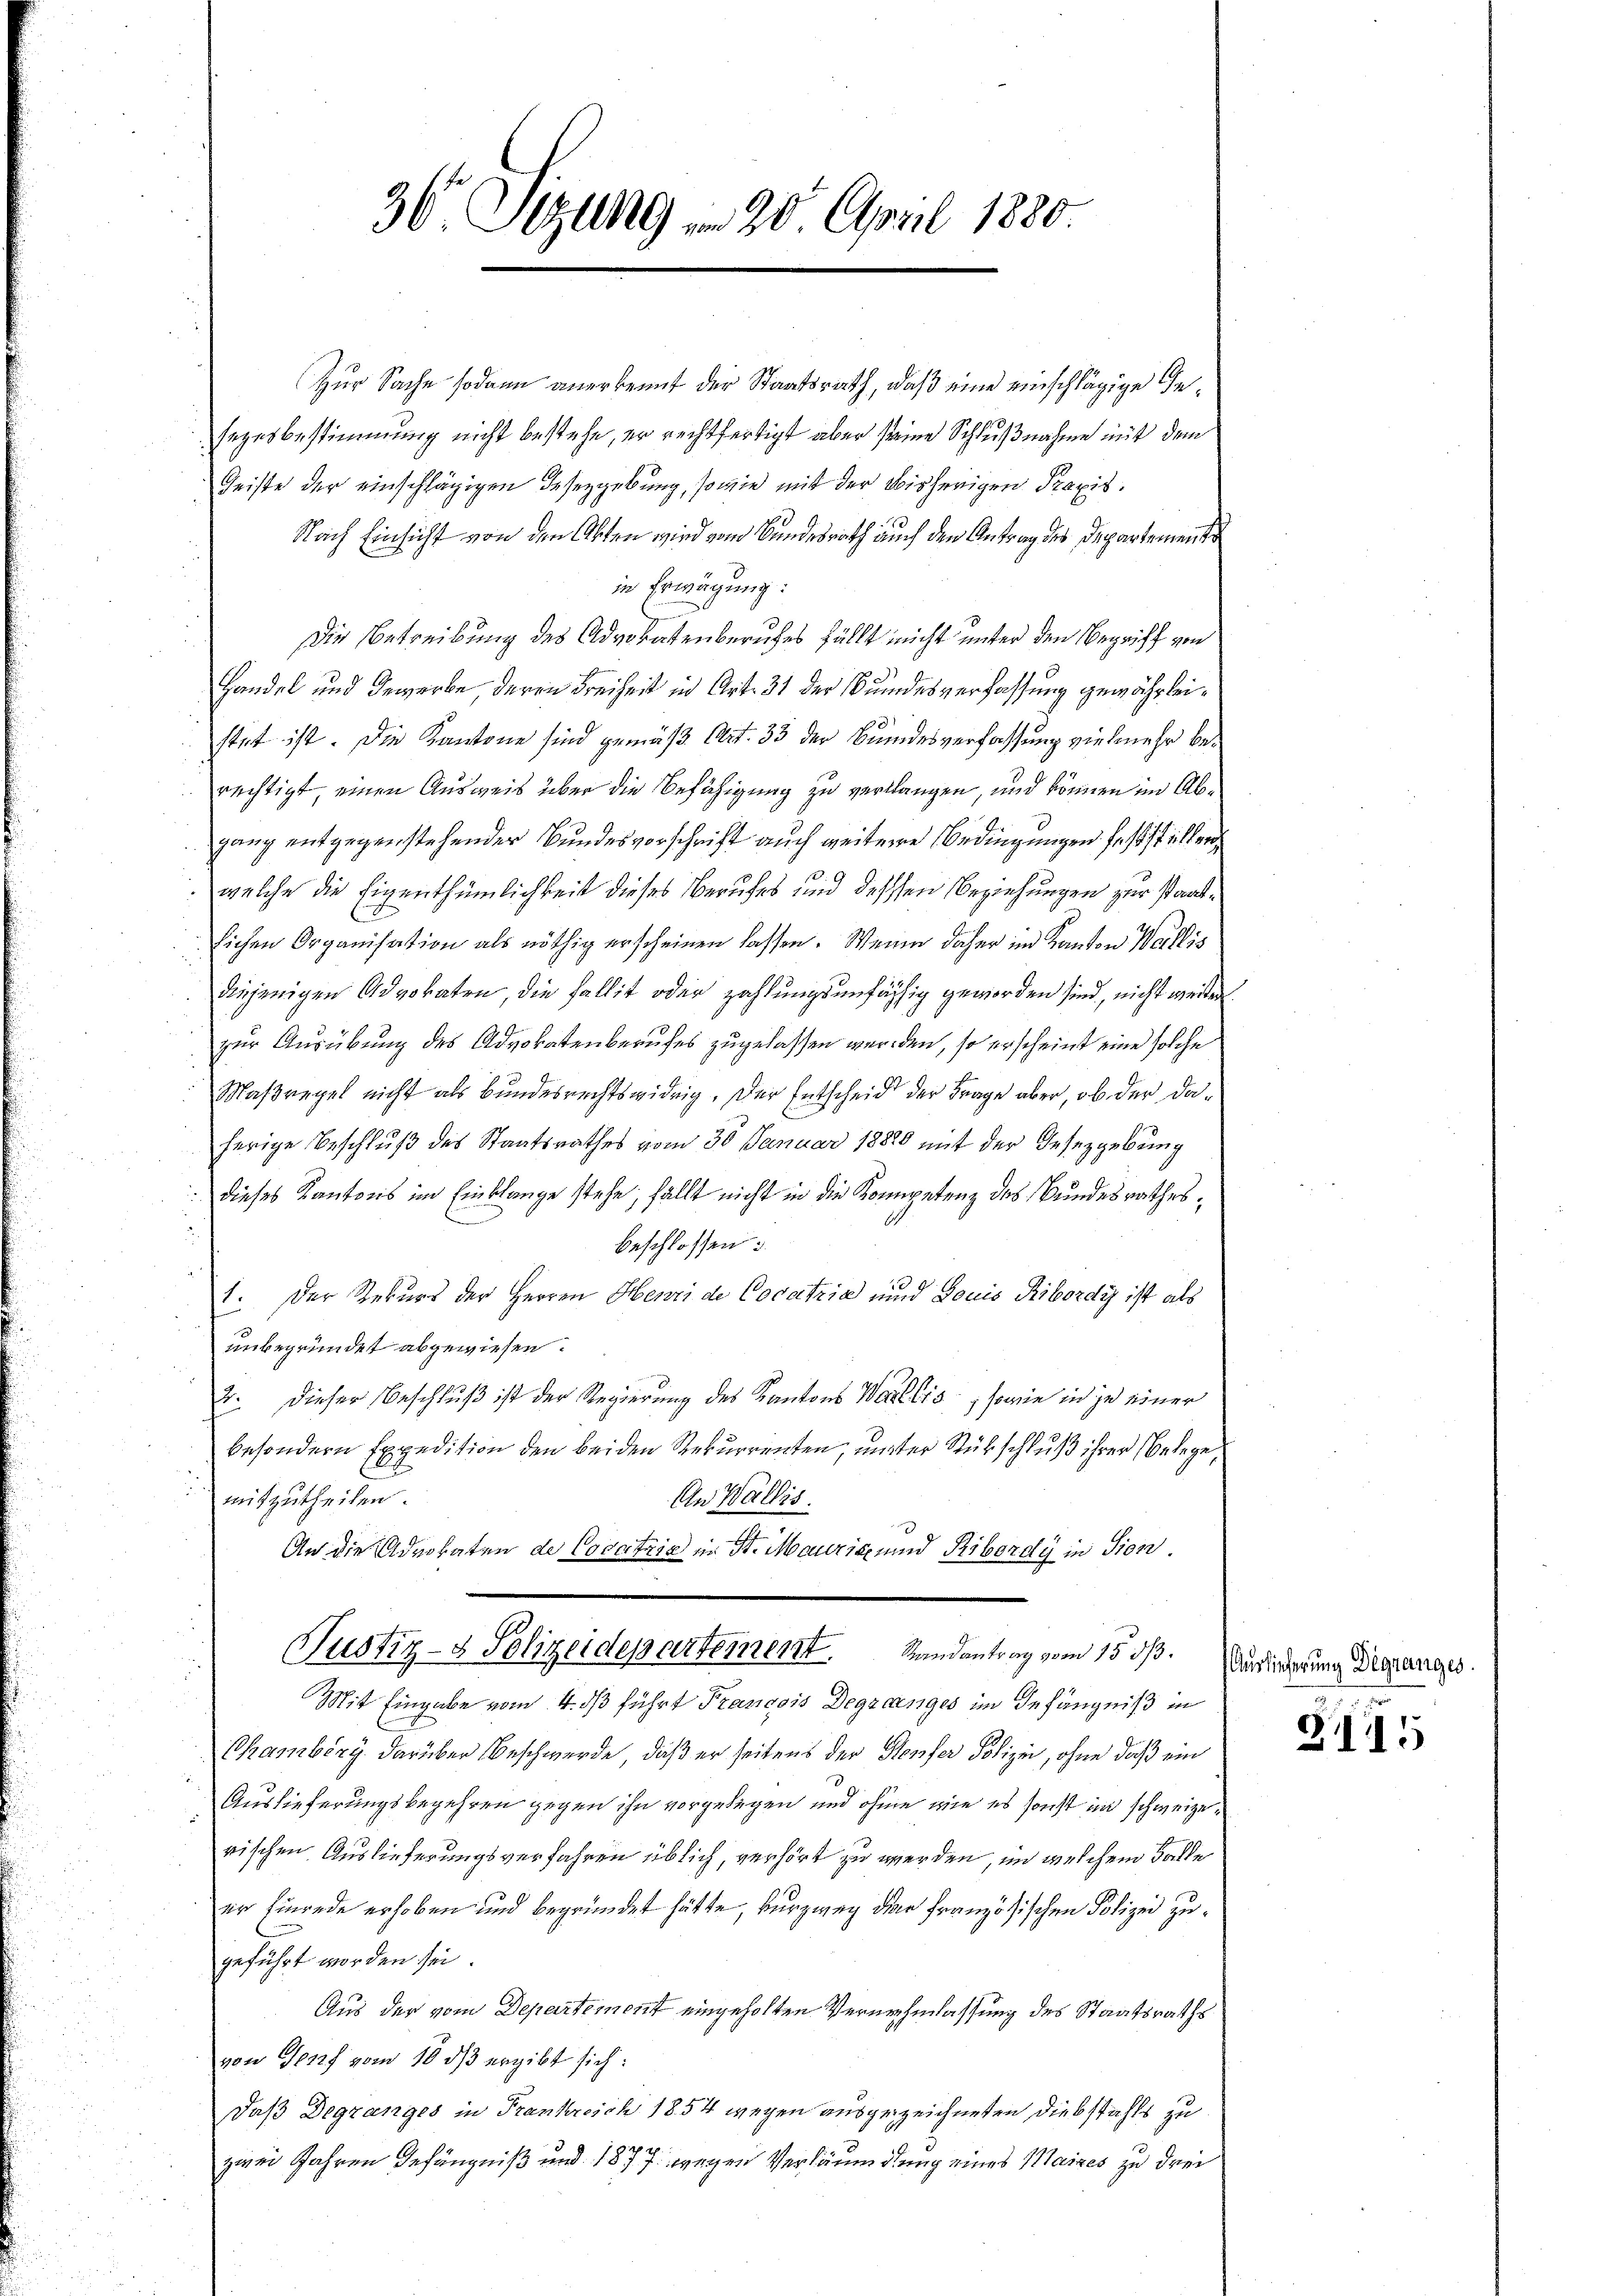
Zur Sache sodann anerbemit der Staatsrath, daß eine einschlägige Gesezesbestimmung nicht bestehe, er rechtfertigt aber seine Schlußnahme mit dem
Geiste der einschlägigen Gesezgebung, sowie mit der bisherigen Praxis.
Nach Einsicht von den Akten wird vom Bundesrath auch den Antrag des Departemente
in Erwägung:
Die Betreibung des Advokatenberufes fällt nicht unter den Begriff von
Handel und Gewerbe deren Freiheit in Art. 31 der Bundesverfassung gewährleistet ist. Die Kantone sind gemäß Art. 33 der Bundesverfassung vielmehr berechtigt, einen Ausweis über die Befähigung zu verlangen, und können im Abganz entgegenstehender Bundesvorschrift auch weitere Bedingungen feststillen
welche die Eigenthümlichkeit dieses Berufes und dessen Beziehungen zur Staatlichen Organisation als nöthig erscheinen lassen. Wenn daher im Kanton Wallis
diejenigen Advokaten, die Fallit oder zahlungsunfähig geworden sind, nicht weiter
zur Ausübung des Advokatenberufes zugelassen werden, so erscheint eine solche
Maßregel nicht als Bundesrechtswidrig. Der Entscheid der Frage aber, ob der daherige Beschluß des Staatsrathes vom 30. Januar 18820 mit der Gesezgebung
 dieses Kantons im Einklange stehe, fällt nicht in die Kompetenz des Bundesrathes,
beschlossen 3.
1. Der Rekurs der Herren Henri de Cocatria und Louis Ribordig ist als
unbegründet abgewiesen.
2. Dieser Beschluß ist der Regierung des Kantons Wallis, sowie in je einer
besondern Expedition den beiden Rekurrenten, unter Stübschluß ihrer Belege,
mitzutheilen.
An Wallis.
An die Advokaten de Cocatria in St. Maurig und Ribordy in Sien.
Justiz- & Polizeidepartement. Randantrag vom 15. ds.
Mit Eingabe vom 4. ds führt François Degzeanges im Gefängniß in
Chamberg darüber Beschwerde, daß er seitens der Steufer Polizei, ohne daß ein
Auslieferungsbegehren gegen ihn vorgelegen und ohne wie es sonst in schweizerischen Auslieferungsverfahren üblich, verhört zu werden, im welchem Falle
er Einrede erhoben und begründet hätte, kurzwey der französischen Polizei zugeführt worden sei.
Aus der vom Departement eingeholten Verurthenlassung des Staatsrathsvon Genf vom 10 dß ergibt sich:
Daß Degranges in Frankreich 1854 wegen ausgezeichneten Diebstahls zu
zwei Jahren Gefängniß und 1877 wegen Verläumdung eines Maires zu drei

36 Sizung am 20. April 1880.

Auslicherung Digranges.

§1115